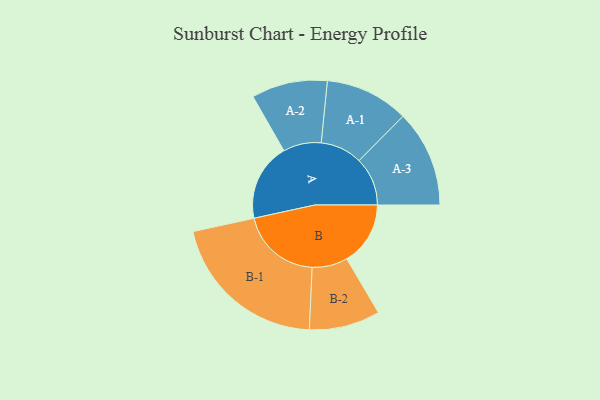
{"axis": {"x": "Segment", "y": "Value"}, "legend": ["", "A", "B"], "data": [{"x": "A", "y": 245, "type": ""}, {"x": "B", "y": 201, "type": ""}, {"x": "A-1", "y": 132, "type": "A"}, {"x": "A-2", "y": 120, "type": "A"}, {"x": "A-3", "y": 153, "type": "A"}, {"x": "B-1", "y": 254, "type": "B"}, {"x": "B-2", "y": 112, "type": "B"}]}